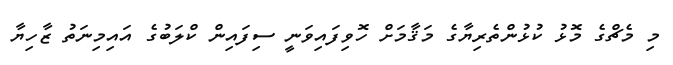
މި މެޗްގެ މޮޅު ކުޅުންތެރިޔާގެ މަޤާމަށް ހޮވިފައިވަނީ ސިފައިން ކްލަބުގެ އައިމިނަތު ޒާހިޔާ